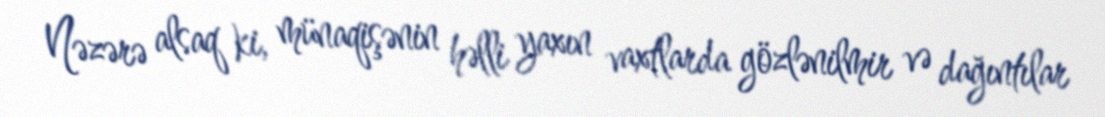
Nəzərə alsaq ki, münaqişənin həlli yaxın vaxtlarda gözlənilmir və dağıntılar